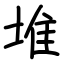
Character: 堆